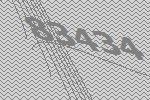
83434